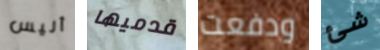
أليس قدميها ودفعت شئ